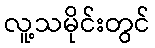
လူ့သမိုင်းတွင်